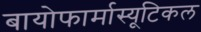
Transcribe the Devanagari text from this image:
बायोफार्मास्यूटिकल